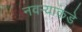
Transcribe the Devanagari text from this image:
नवर्‍याकडे